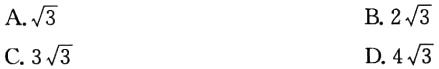
A. $\sqrt{3}$
B. $2\sqrt{3}$
C. $3\sqrt{3}$
D. $4\sqrt{3}$